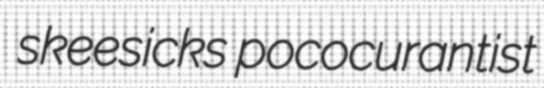
skeesicks pococurantist